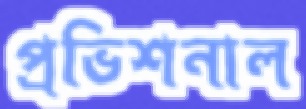
প্রভিশনাল